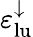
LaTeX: \varepsilon_{\mathrm{lu}}^{\downarrow}